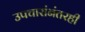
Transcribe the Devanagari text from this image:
उपचारांनंतरही